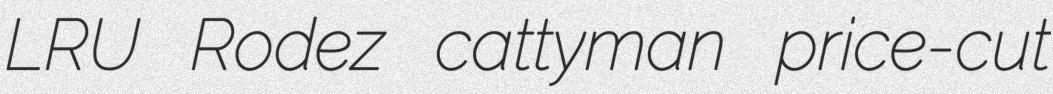
LRU Rodez cattyman price-cut